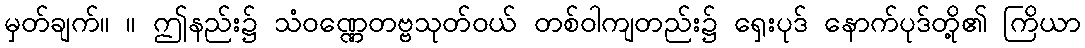
မှတ်ချက်။ ။ ဤနည်း၌ သံဝဏ္ဏေတဗ္ဗသုတ်ဝယ် တစ်ဝါကျတည်း၌ ရှေးပုဒ် နောက်ပုဒ်တို့၏ ကြိယာ